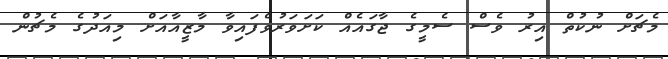
މެޗަށް ނުކުތް އިރު ވެސް ސެމީގެ ޖާގައެއް ކަށަވަރުވެފައިވާ މާޒީއާއަށް މިއަދުގެ މެޗުން